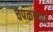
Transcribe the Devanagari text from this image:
चपळपणा